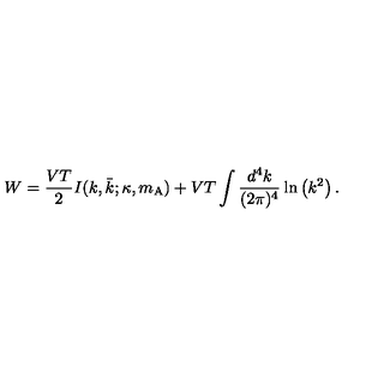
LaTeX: W = \frac { V T } { 2 } I ( k , \bar { k } ; \kappa , m _ { \mathrm { A } } ) + V T \int \frac { d ^ { 4 } k } { ( 2 \pi ) ^ { 4 } } \ln \left( k ^ { 2 } \right) .